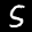
Label: 5